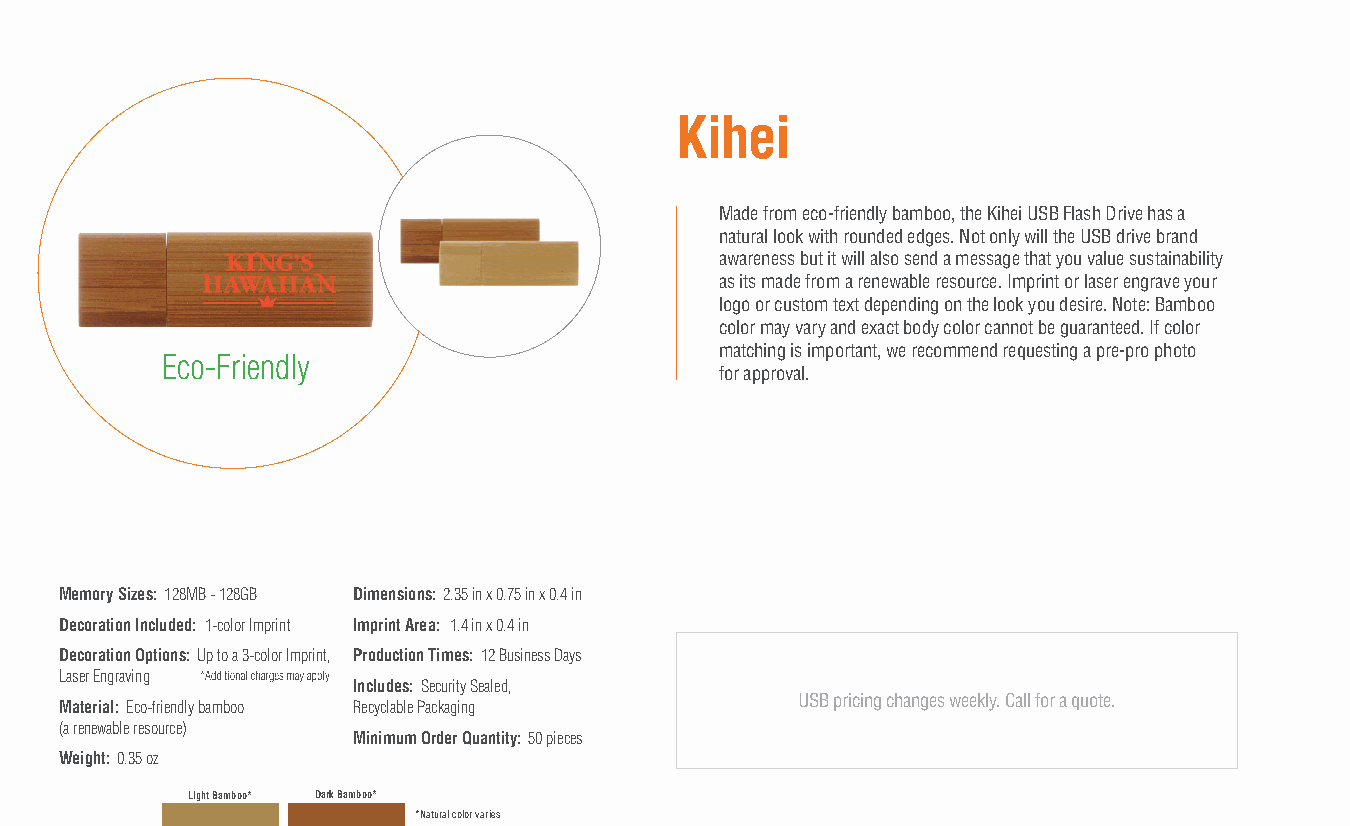
Kihei
 Made from eco-friendly bamboo, the Kihei USB Flash Drive has a
 natural look with rounded edges. Not only will the USB drive brand
 awareness but it will also send a message that you value sustainability
 as its made from a renewable resource. Imprint or laser engrave your
 logo or custom text depending on the look you desire. Note: Bamboo
 color may vary and exact body color cannot be guaranteed. If color
 matching is important, we recommend requesting a pre-pro photo
 Eco-Friendly
 for approval.
 Memory Sizes: 128MB - 128GB Dimensions: 2.35 in x 0.75 in x 0.4 in
 Decoration Included: 1-color Imprint Imprint Area: 1.4 in x 0.4 in
 Decoration Options: Up to a 3-color Imprint, Production Times: 12 Business Days
 Laser Engraving
 Includes: Security Sealed,
 USB pricing changes weekly. Call for a quote.
 Material: Eco-friendly bamboo Recyclable Packaging
 (a renewable resource)
 Minimum Order Quantity: 50 pieces
 Weight: 0.35 oz
 Light Bamboo* Dark Bamboo*
 *Natural color varies